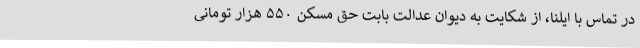
در تماس با ایلنا، از شکایت به دیوان عدالت بابت حق مسکن ۵۵۰ هزار تومانی